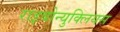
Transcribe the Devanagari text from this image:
राइबोन्युक्लियस